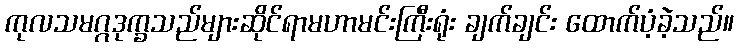
ကုလသမဂ္ဂဒုက္ခသည်များဆိုင်ရာမဟာမင်းကြီးရုံး ချက်ချင်း ထောက်ပံ့ခဲ့သည်။